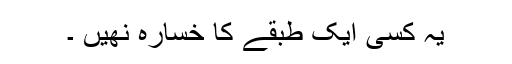
یہ کسی ایک طبقے کا خسارہ نھیں ۔